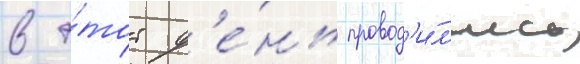
в э́тот д'е́нь провод'и́л'ись